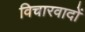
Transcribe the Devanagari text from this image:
विचारवादों